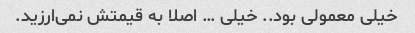
خیلی معمولی بود.. خیلی … اصلا به قیمتش نمی‌ارزید.